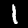
Label: 1